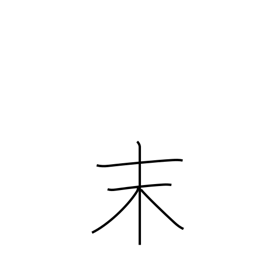
Meaning: powder